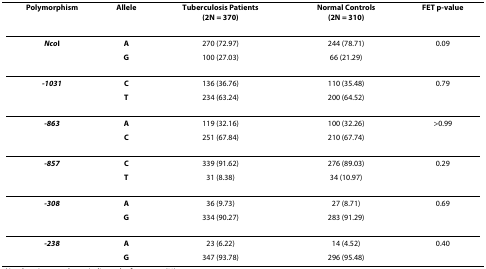
<table><thead><tr><td><b>Polymorphism</b></td><td><b>Allele</b></td><td><b>Tuberculosis Patients(2N = 370)</b></td><td><b>Normal Controls(2N = 310)</b></td><td><b>FET p-value</b></td></tr></thead><tbody><tr><td><b><i>Nco</i>I</b></td><td><b>A</b></td><td>270 (72.97)</td><td>244 (78.71)</td><td>0.09</td></tr><tr><td></td><td><b>G</b></td><td>100 (27.03)</td><td>66 (21.29)</td><td></td></tr><tr><td><b><i>-1031</i></b></td><td><b>C</b></td><td>136 (36.76)</td><td>110 (35.48)</td><td>0.79</td></tr><tr><td></td><td><b>T</b></td><td>234 (63.24)</td><td>200 (64.52)</td><td></td></tr><tr><td><b><i>-863</i></b></td><td><b>A</b></td><td>119 (32.16)</td><td>100 (32.26)</td><td>&gt;0.99</td></tr><tr><td></td><td><b>C</b></td><td>251 (67.84)</td><td>210 (67.74)</td><td></td></tr><tr><td><b><i>-857</i></b></td><td><b>C</b></td><td>339 (91.62)</td><td>276 (89.03)</td><td>0.29</td></tr><tr><td></td><td><b>T</b></td><td>31 (8.38)</td><td>34 (10.97)</td><td></td></tr><tr><td><b><i>-308</i></b></td><td><b>A</b></td><td>36 (9.73)</td><td>27 (8.71)</td><td>0.69</td></tr><tr><td></td><td><b>G</b></td><td>334 (90.27)</td><td>283 (91.29)</td><td></td></tr><tr><td><b><i>-238</i></b></td><td><b>A</b></td><td>23 (6.22)</td><td>14 (4.52)</td><td>0.40</td></tr><tr><td></td><td><b>G</b></td><td>347 (93.78)</td><td>296 (95.48)</td><td></td></tr></tbody></table>